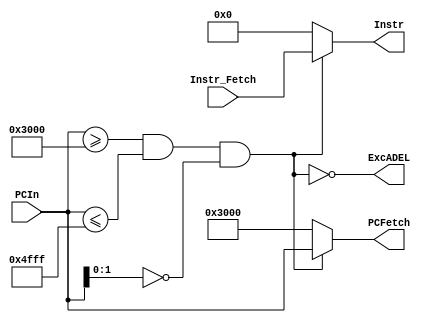
`timescale 1ns / 1ps
//////////////////////////////////////////////////////////////////////////////////
// Company: 
// Engineer: 
// 
// Design Name: 
// Module Name:    IMManager 
// Project Name: 
// Target Devices: 
// Tool versions: 
// Description: 
//
// Dependencies: 
//
// Revision: 
// Revision 0.01 - File Created
// Additional Comments: 
//
//////////////////////////////////////////////////////////////////////////////////
module IMManager(
	input [31:0] PCIn,
	output [31:0] PCFetch,
	input [31:0] Instr_Fetch,
	output [31:0] Instr,
	output ExcADEL
	);
	
	assign ExcADEL=~(PCIn>=32'h00003000 && PCIn<=32'h00004fff && PCIn[1:0]==2'b00);
	
	assign PCFetch=ExcADEL ? 32'h00003000 : PCIn;
	
	assign Instr=ExcADEL ? 0 : Instr_Fetch;
	
endmodule